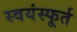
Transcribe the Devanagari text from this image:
स्वयंस्फूर्त